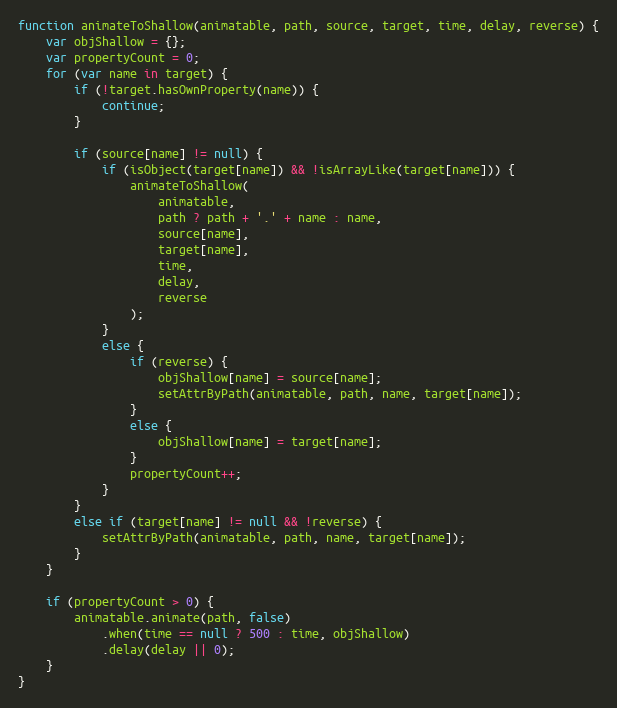
Language: JavaScript
function animateToShallow(animatable, path, source, target, time, delay, reverse) {
    var objShallow = {};
    var propertyCount = 0;
    for (var name in target) {
        if (!target.hasOwnProperty(name)) {
            continue;
        }

        if (source[name] != null) {
            if (isObject(target[name]) && !isArrayLike(target[name])) {
                animateToShallow(
                    animatable,
                    path ? path + '.' + name : name,
                    source[name],
                    target[name],
                    time,
                    delay,
                    reverse
                );
            }
            else {
                if (reverse) {
                    objShallow[name] = source[name];
                    setAttrByPath(animatable, path, name, target[name]);
                }
                else {
                    objShallow[name] = target[name];
                }
                propertyCount++;
            }
        }
        else if (target[name] != null && !reverse) {
            setAttrByPath(animatable, path, name, target[name]);
        }
    }

    if (propertyCount > 0) {
        animatable.animate(path, false)
            .when(time == null ? 500 : time, objShallow)
            .delay(delay || 0);
    }
}